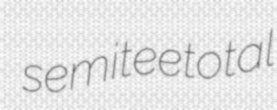
semiteetotal